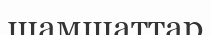
шамшаттар